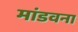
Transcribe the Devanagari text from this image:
मांडवना